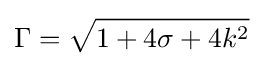
\Gamma ={\sqrt {1+4\sigma +4k^{2}}}